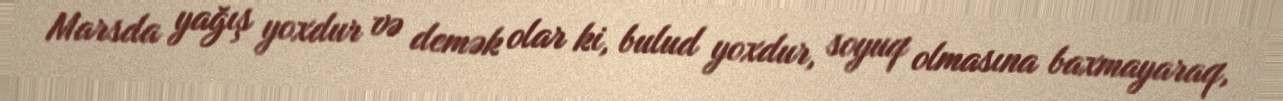
Marsda yağış yoxdur və demək olar ki, bulud yoxdur, soyuq olmasına baxmayaraq,